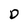
Character: D